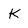
Character: K